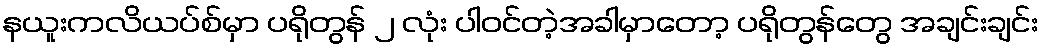
နယူးကလိယပ်စ်မှာ ပရိုတွန် ၂ လုံး ပါဝင်တဲ့အခါမှာတော့ ပရိုတွန်တွေ အချင်းချင်း